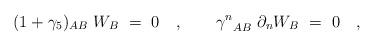
LaTeX: \begin{align*}(1+\gamma_5)_{AB}\ W_B\ =\ 0 \quad,\qquad{\gamma^n}_{AB}\ \partial_n W_B\ =\ 0 \quad,\end{align*}